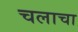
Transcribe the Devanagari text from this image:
चलाचा